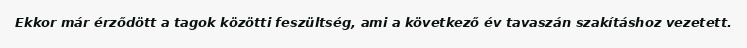
Ekkor már érződött a tagok közötti feszültség, ami a következő év tavaszán szakításhoz vezetett.